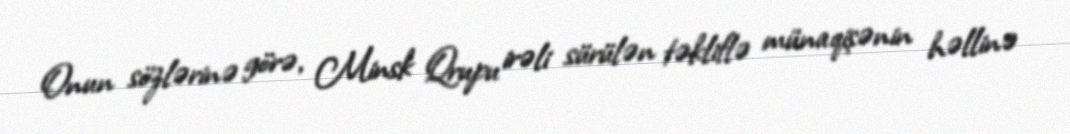
Onun sözlərinə görə, Minsk Qrupu irəli sürülən təkliflə münaqişənin həllinə